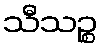
သီသဉ္စ